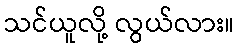
သင်ယူလို့ လွယ်လား။